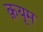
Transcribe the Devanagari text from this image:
क़यूम